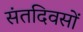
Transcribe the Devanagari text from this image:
संतदिवसों